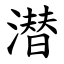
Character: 潜